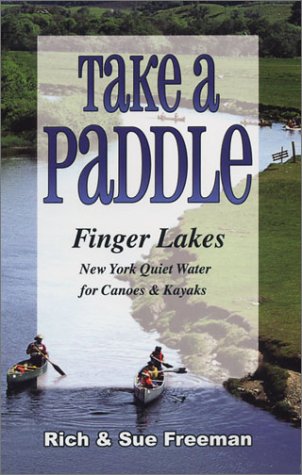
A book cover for Take a Paddle: Finger Lakes New York Quiet Water for Canoes & Kayaks; Rich Freeman; Sports & Outdoors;